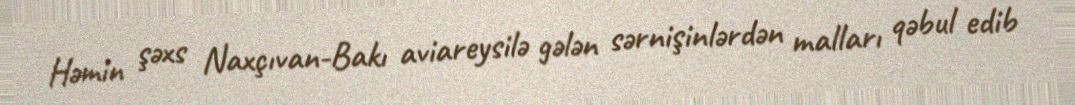
Həmin şəxs Naxçıvan-Bakı aviareysilə gələn sərnişinlərdən malları qəbul edib